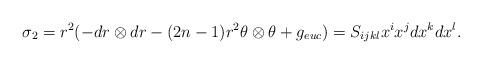
LaTeX: \begin{align*}\sigma_2&= r^2 (-dr\otimes dr-(2n-1)r^{2}\theta\otimes \theta + g_{euc}) = S_{ijkl} x^i x^j dx^k dx^l. \end{align*}